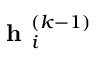
\textbf { h } _ { i } ^ { ( k - 1 ) }